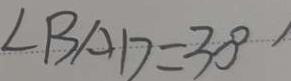
\angle B A D = 3 0 ^ { \circ }